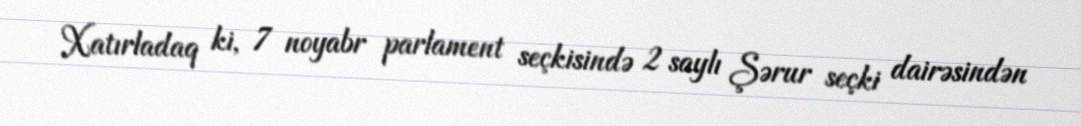
Xatırladaq ki, 7 noyabr parlament seçkisində 2 saylı Şərur seçki dairəsindən